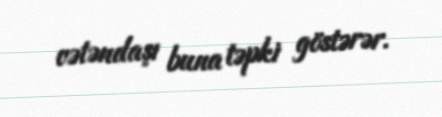
vətəndaşı buna təpki göstərər.